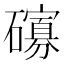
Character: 𱴾